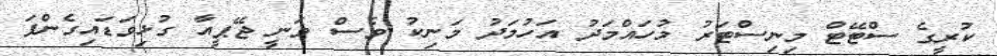
ކުރީގެ ސްޓޭޓް މިނިސްޓަރު މުހައްމަދު އަހުމަދު މަނިކު ވެސް ވަނީ ޖޭޕީއާ ގުޅިވަޑައިގެންފަ